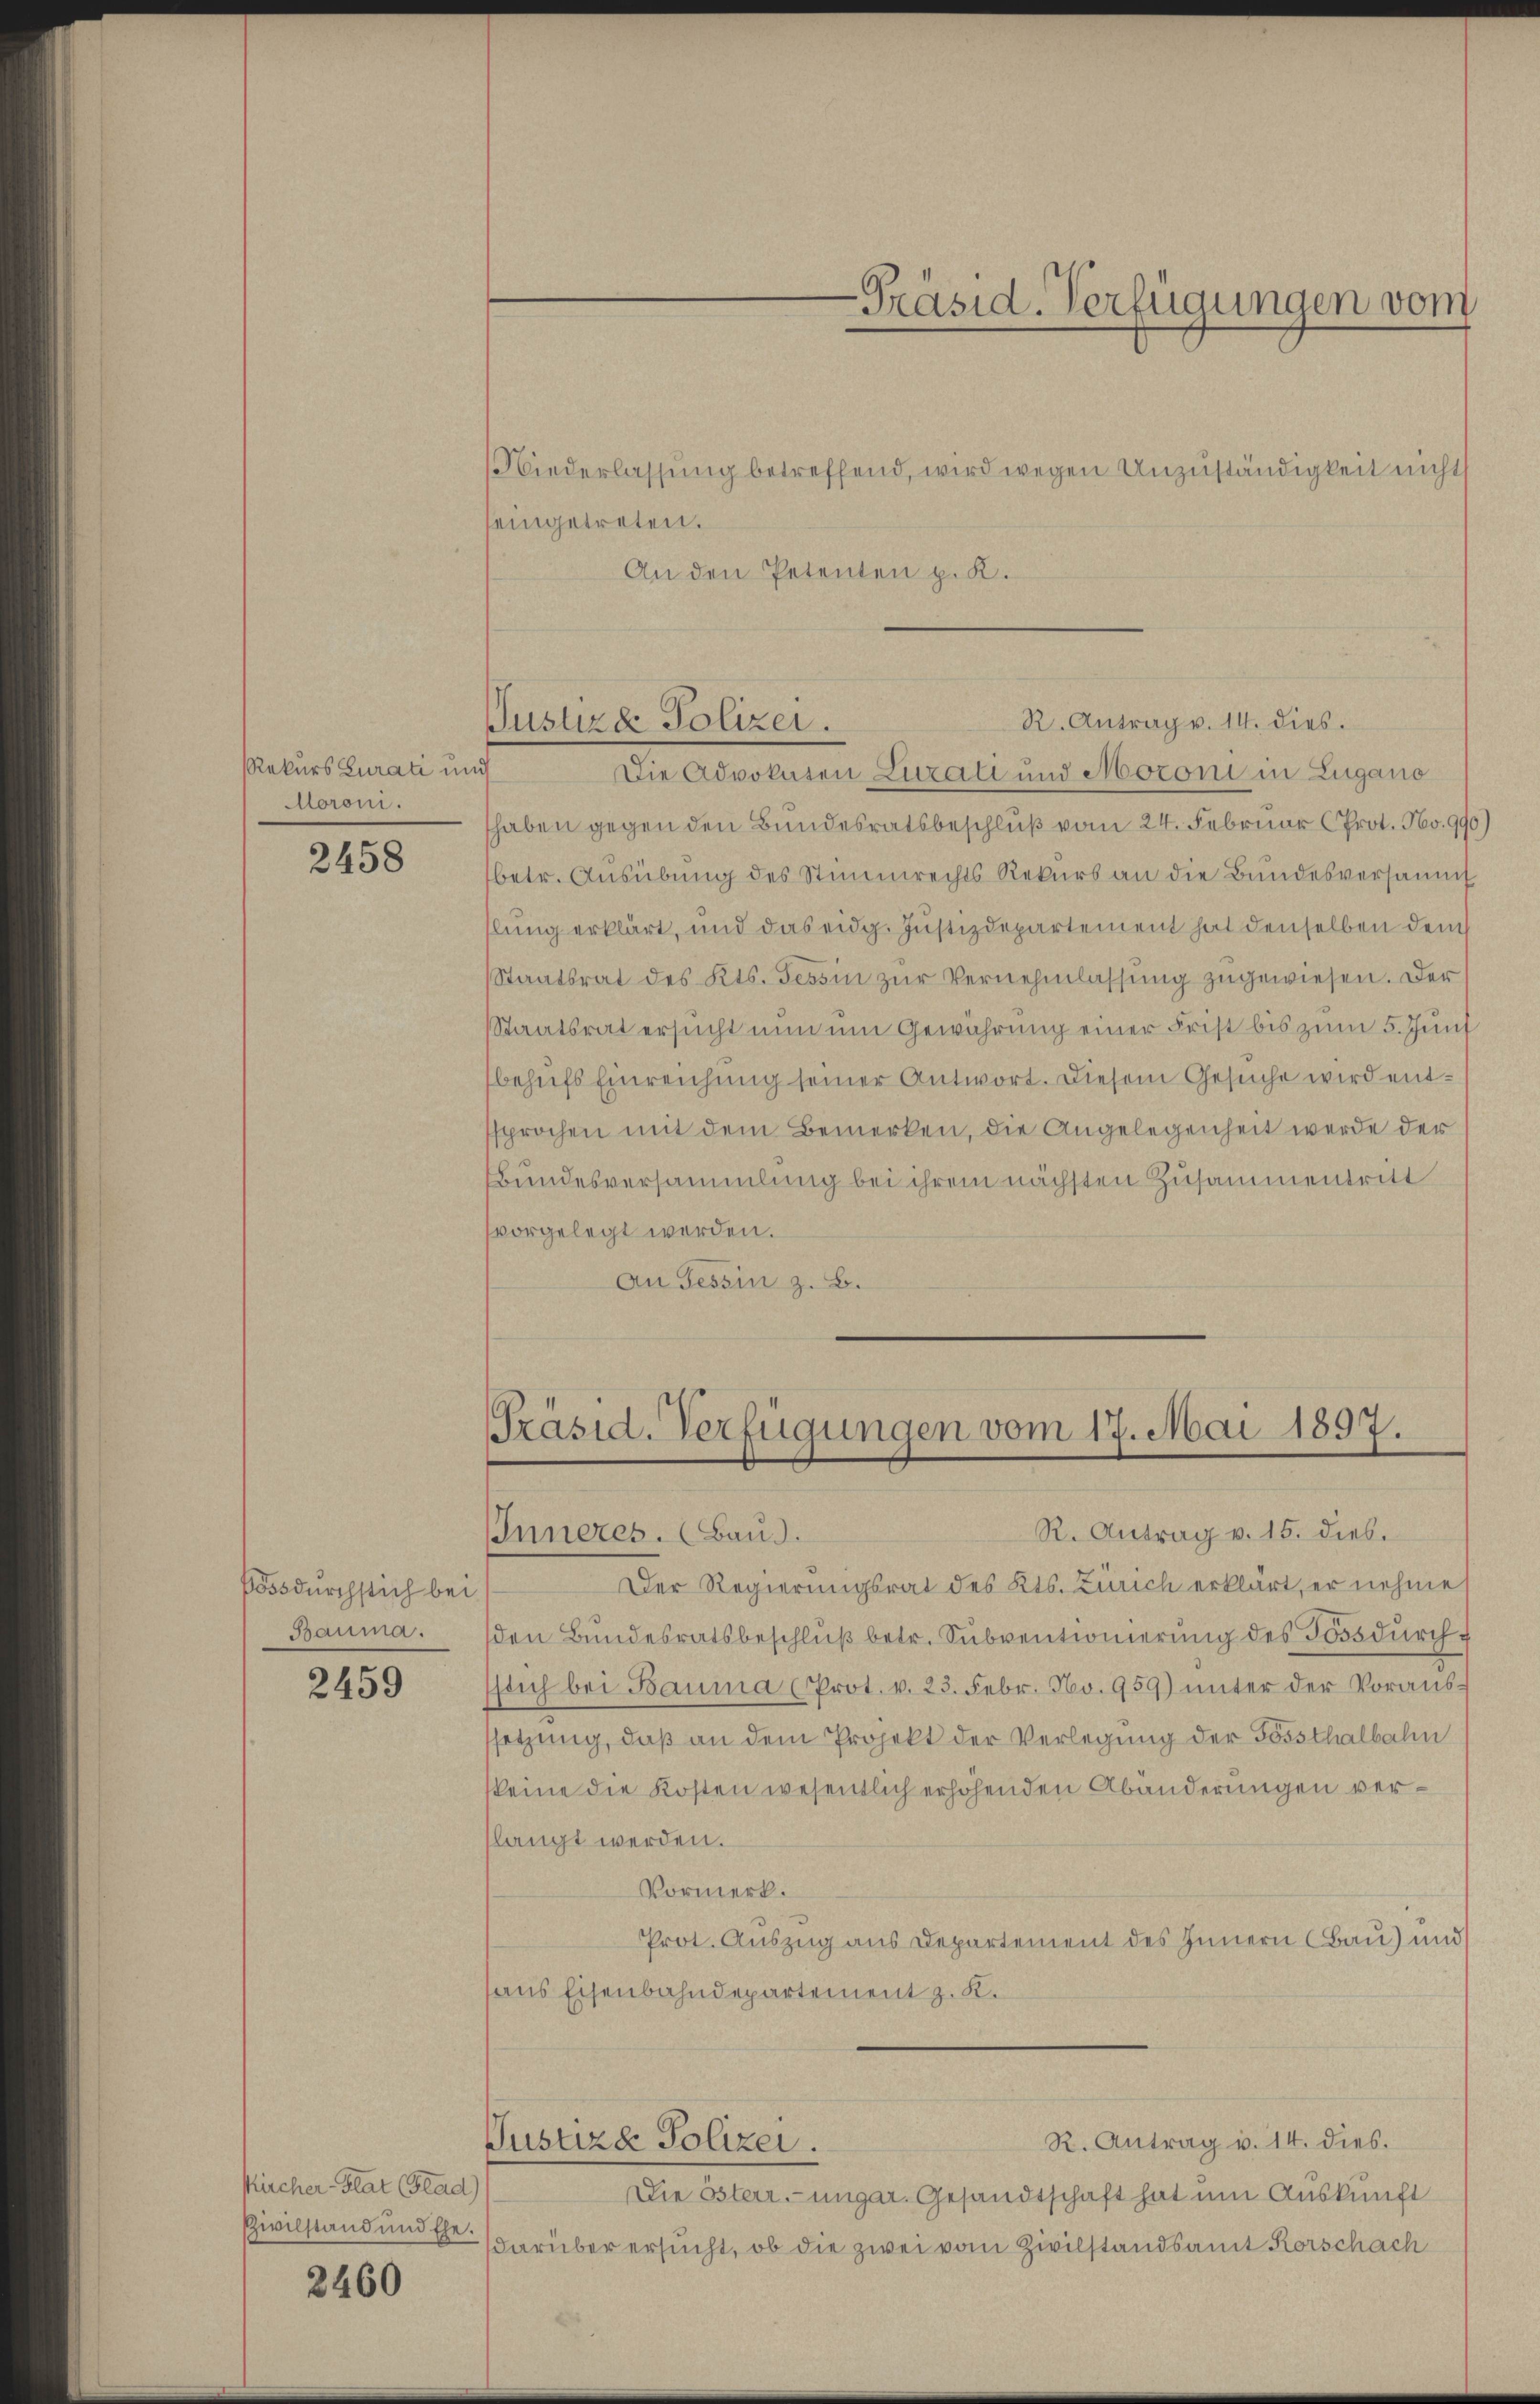
Rekurs Lurati und
Moroni.

2458

Bodurchstich bei
Bauma.

2459

kircher-Blat (Glad)
Zivilstand und Ehe.

2460

eingetreten.

Justiz & Polizei.

R. Antrag v. 14. dies.
Die Advokaten Lurali und Moconi in Zugano
haben gegen den Bundesratsbeschluß vom 24. Februar (Prot. No. 990
betr. Ausübung des Stimmrechts Rekurs an die Bundesversammt
hlung erklärt, und das eidg. Justizdepartement hat denselben dem
Staatsrat des Kts. Tessin zŭr Vernehmlassung zugewiesen. Der
Staatsrat ersucht nun um Gewährung einer Frist bis zum 5. Junt
behufs Einreichung seiner Antwort. Diesem Gesuche wird entsprochen mit dem Bemerken, die Angelegenheit werde der
Bundesversammlung bei ihrem nächsten Zusammentritt
vorgelegt worden.
An Tessin z. B.
[Präsid. Verfügungen vom 17. Mai 1897.

-Präsid. Verfügungen vom

An den Petenten p. K.

Niederlassung betreffend, wird wegen Unzuständigkeit nicht

Der Regierungsrat des Kts. Zürich erklärt, er nehme
den Bundesratsbeschluß betr. Subventionierung des Tod durchstich bei Bauma (Prot. v. 23. Febr. No. 959) unter der Voranssetzung, daß an dem Projekt der Verlegung der Gössthalbahn
keine die Kosten wesentlich erhöhenden Abänderungen verlangt werden.
Vormerk.
Prot. Auszug aus Departement des Innern Bau) und
aus Eisenbahndepartement z. K.
R. Antrag v. 14. dies.
Justiza Polizei.
Die Österr.-ungar. Gesandtschaft hat um Auskunft
darüber ersucht, ob die zwei vom Zivilstandsamt Korschach

R. Antrag v. 15. dies.
Inneres. (Baud.